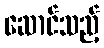
ဆောင်သည့်